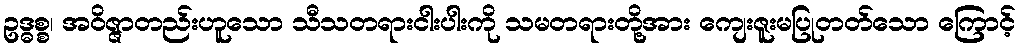
ဥဒ္ဓစ္စ၊ အဝိဇ္ဇာတည်းဟူသော သီသတရားငါးပါးကို သမတရားတို့အား ကျေးဇူးမပြုတတ်သော ကြောင့်